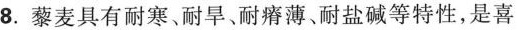
8.藜麦具有耐寒、耐旱、耐瘠薄、耐盐碱等特性，是喜